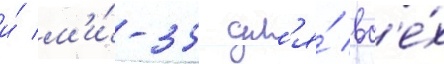
и́ м'и́-35 дл'я́ вс'е́х